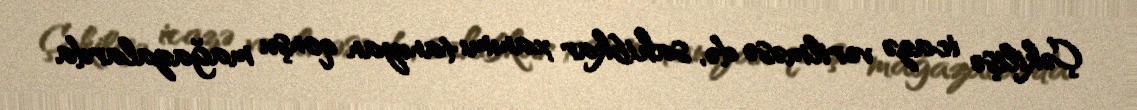
Çəkilişə icazə verilməsə də, sahibkar xanımı tanıyan qonşu mağazalarda